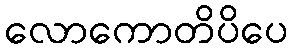
လောကောတိပိပေ